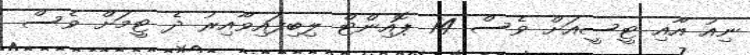
ނިއު އާއި ޓީސީއަށް ވެސް 14 ޕޮއިންޓް ލިބިފައިވާއިރު ދެ ޓީމަށް ވެސް